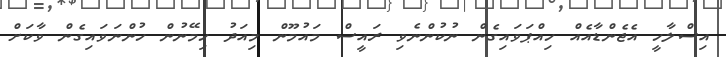
އިސްލާހީ އެޖެންޑާއެއް ހިއްޕަވައިގެން ނުކުންނެވި ރައީސް މައުމޫން މިއަދު ހިމޭނުން ހުންނަވައިގެން ވާކަށް